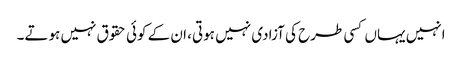
انہیں یہاں کسی طرح کی آزادی نہیں ہوتی، ان کے کوئی حقوق نہیں ہوتے۔